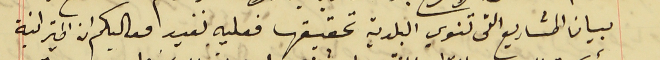
بيان المشاريع التى تنوي البلدية تحقيقها فعليه نفيد معاليكم ان الميزانية